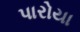
પારોયા